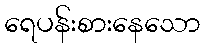
ရေပန်းစားနေသော